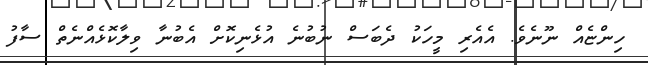
ހިންޏެއް ނޫނެވެ. އެއެރި މީހަކު ދެބަސް ނުބުނެ އުޅެނިކޮށް އެބުނާ ވިލާކޮޅެއްނެތް ސާފު